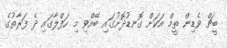
ބީޗް ވެޑިން ތީމް އަކަށް ގޮނޑުދޮށުގައި ބޭއްވި މި ހަފްލާގައި ދެ ފަރާތުގެ